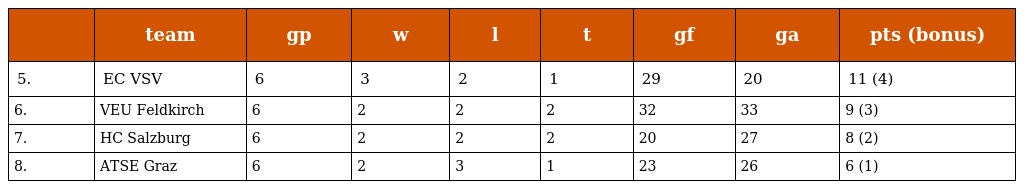
|  | team | gp | w | l | t | gf | ga | pts (bonus) |
 | --- | --- | --- | --- | --- | --- | --- | --- | --- |
 | 5. | EC VSV | 6 | 3 | 2 | 1 | 29 | 20 | 11 (4) |
 | 6. | VEU Feldkirch | 6 | 2 | 2 | 2 | 32 | 33 | 9 (3) |
 | 7. | HC Salzburg | 6 | 2 | 2 | 2 | 20 | 27 | 8 (2) |
 | 8. | ATSE Graz | 6 | 2 | 3 | 1 | 23 | 26 | 6 (1) |